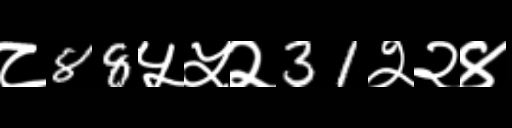
Text: ८88५५२31२२४